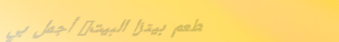
مطعم بيتزا البيت: أجمل بي